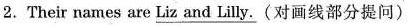
2.Their names are Liz and Lilly.(对画线部分提问)